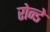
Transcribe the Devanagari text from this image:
रोन्डे